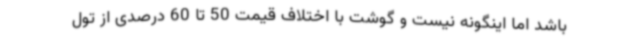
باشد اما اینگونه نیست و گوشت با اختلاف قیمت 50 تا 60 درصدی از تول